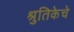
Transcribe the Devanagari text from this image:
श्रुतिकेचे